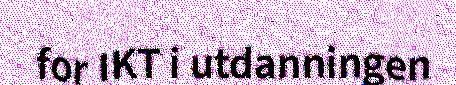
for IKT i utdanningen